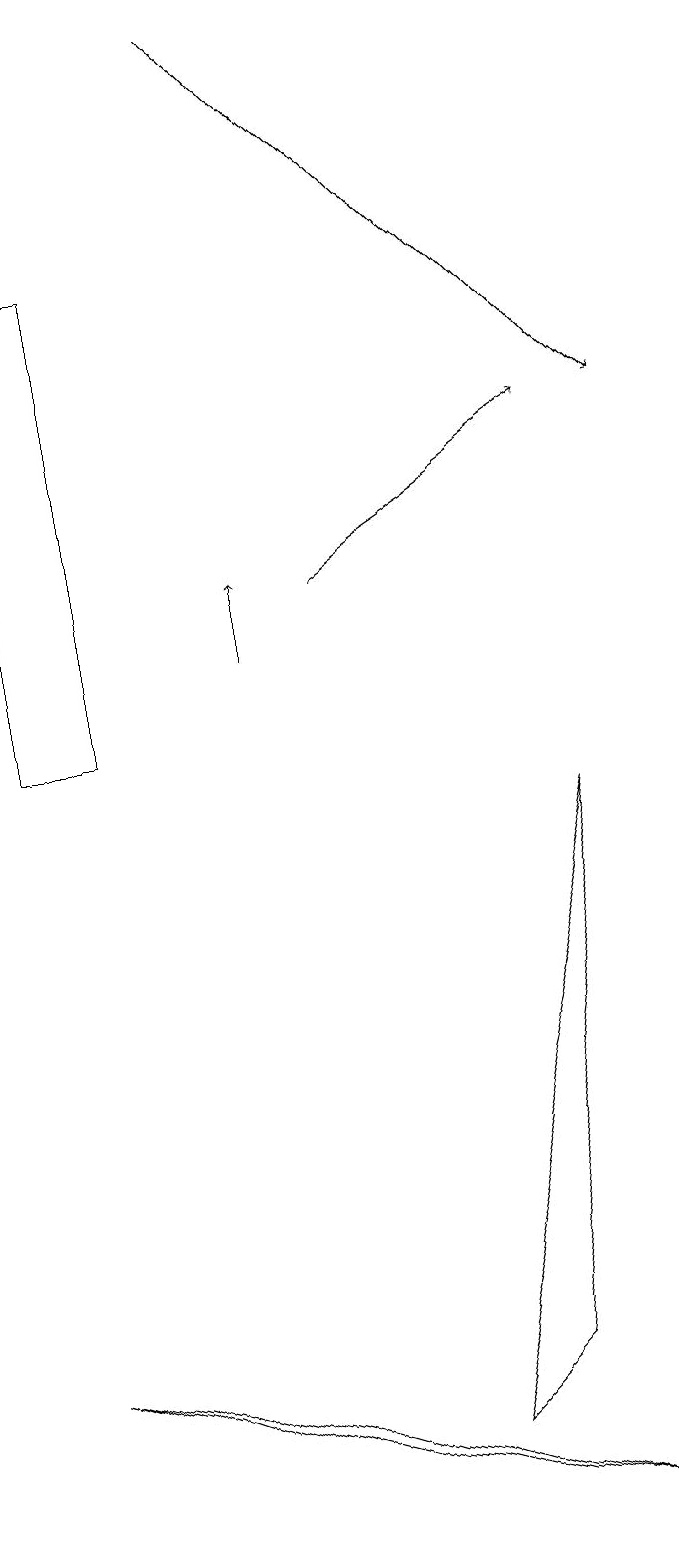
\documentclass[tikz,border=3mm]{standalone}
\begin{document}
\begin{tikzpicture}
\draw (7,2) -- (6,1) -- (8,9) -- cycle;
\draw[->] (5,12) -- (8,14);
\draw (8,0) -- (4,1) -- (1,2) -- cycle;
\draw (2,16) rectangle (1,10);
\draw[->] (4,11) -- (4,12);
\draw[->] (4,19) -- (9,14);
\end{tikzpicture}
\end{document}